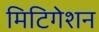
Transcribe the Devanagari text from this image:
मिटिगेशन